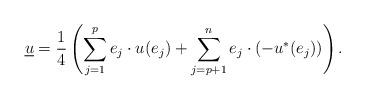
LaTeX: \begin{align*}\underline{u}=\frac{1}{4}\left(\sum_{j=1}^pe_j\cdot u(e_j)+\sum_{j=p+1}^ne_j\cdot (-u^*(e_j))\right).\end{align*}